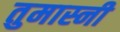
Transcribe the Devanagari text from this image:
तुमास्नी